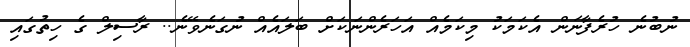
ނުބުނެ ހުރެފާނަން އެކަމަކު މިކަމެއް އަހަރެންނަކަށް ބަލައެއް ނުގަނެވޭނެ.. ރާސިލް ގެ ހިތުގައި